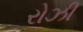
રોઝી